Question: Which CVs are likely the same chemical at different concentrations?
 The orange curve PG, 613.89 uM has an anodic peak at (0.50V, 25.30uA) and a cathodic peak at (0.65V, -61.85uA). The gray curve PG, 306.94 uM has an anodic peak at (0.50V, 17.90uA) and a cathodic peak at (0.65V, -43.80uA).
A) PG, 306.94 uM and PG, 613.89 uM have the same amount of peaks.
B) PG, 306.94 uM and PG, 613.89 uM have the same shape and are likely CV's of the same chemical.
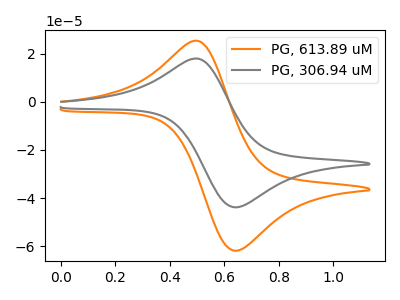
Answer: <think>All the peaks in "PG, 613.89 uM" have a peak in "PG, 306.94 uM" at the same potential. Every peak in "PG, 613.89 uM" is higher than every peak in "PG, 306.94 uM".
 </think>
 <answer>B) "PG, 306.94 uM" and "PG, 613.89 uM" have the same shape and are likely CV's of the same chemical.</answer>
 <eval>B</eval>